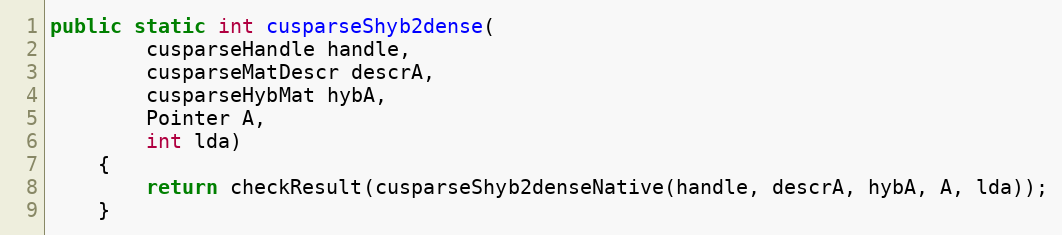
Language: Java
public static int cusparseShyb2dense(
        cusparseHandle handle,
        cusparseMatDescr descrA,
        cusparseHybMat hybA,
        Pointer A,
        int lda)
    {
        return checkResult(cusparseShyb2denseNative(handle, descrA, hybA, A, lda));
    }